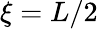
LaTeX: \xi=L/2